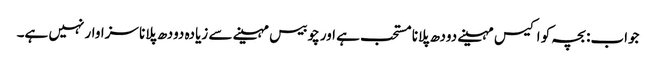
جواب: بچہ کو اکیس مہینے دودھ پلانا مستحب ہے اور چوبیس مہینے سے زیادہ دودھ پلانا سزاوار نہیں ہے۔